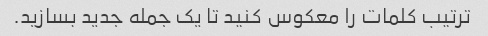
ترتیب کلمات را معکوس کنید تا یک جمله جدید بسازید.